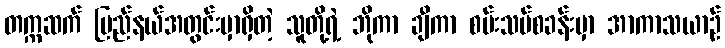
တက္ကဆက် ပြည်နယ်အတွင်းမှာရှိတဲ့ သူတို့ရဲ့ ဘိုကာ ချီကာ စမ်းသပ်စခန်းမှာ အာကာသယာဉ်